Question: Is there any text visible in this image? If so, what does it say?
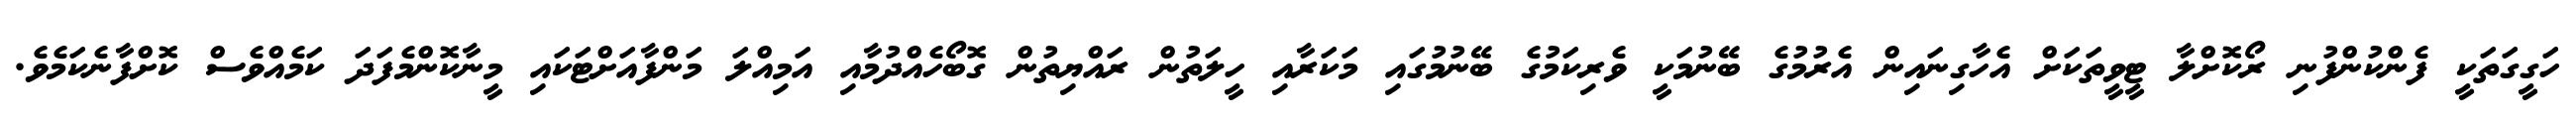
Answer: ހަގީގަތަކީ ފެންކުންފުނި ރޯކޮށްލާ ޓީވީތަކަށް އެހާގިނައިން އެރުމުގެ ބޭނުމަކީ ވެރިކަމުގެ ބޭނުމުގައި މަކަރާއި ހީލަތުން ރައްޔިތުން ގޮބޯހެއްދުމާއި އަމިއްލަ މަންފާއަށްޓަކައި މީނާކޮންމެފަދަ ކަމެއްވެސް ކޮށްފާނެކަމެވެ.